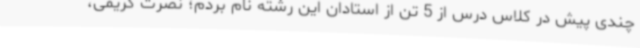
چندی پیش در کلاس درس از 5 تن از استادان این رشته نام بردم؛ نصرت کریمی،